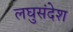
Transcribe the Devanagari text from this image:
लघुसंदेश